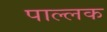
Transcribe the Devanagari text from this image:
पाल्लक